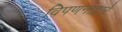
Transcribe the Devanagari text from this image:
विपणनाद्वारे